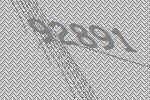
92891